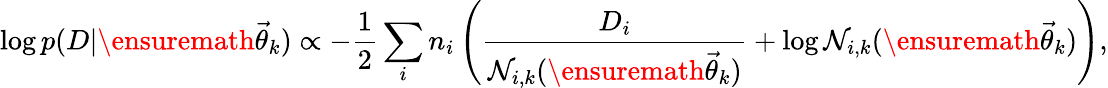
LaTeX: \log p(D|\ensuremath{\vec{\theta}}_{k})\propto-\frac{1}{2}\sum_{i}n_{i}\left(\frac{D_{i}}{{\cal N}_{i,k}(\ensuremath{\vec{\theta}}_{k})}+\log{\cal N}_{i,k}(\ensuremath{\vec{\theta}}_{k})\right),